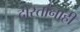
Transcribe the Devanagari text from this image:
दोस्तांनाही